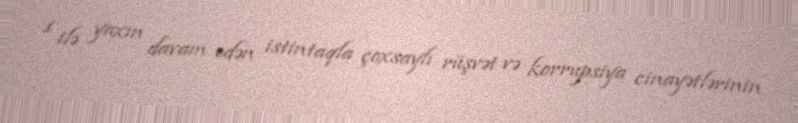
1 ilə yaxın davam edən istintaqla çoxsaylı rüşvət və korrupsiya cinayətlərinin